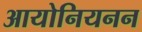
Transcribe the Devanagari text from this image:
आयोनियनन